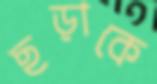
ছড়াকে